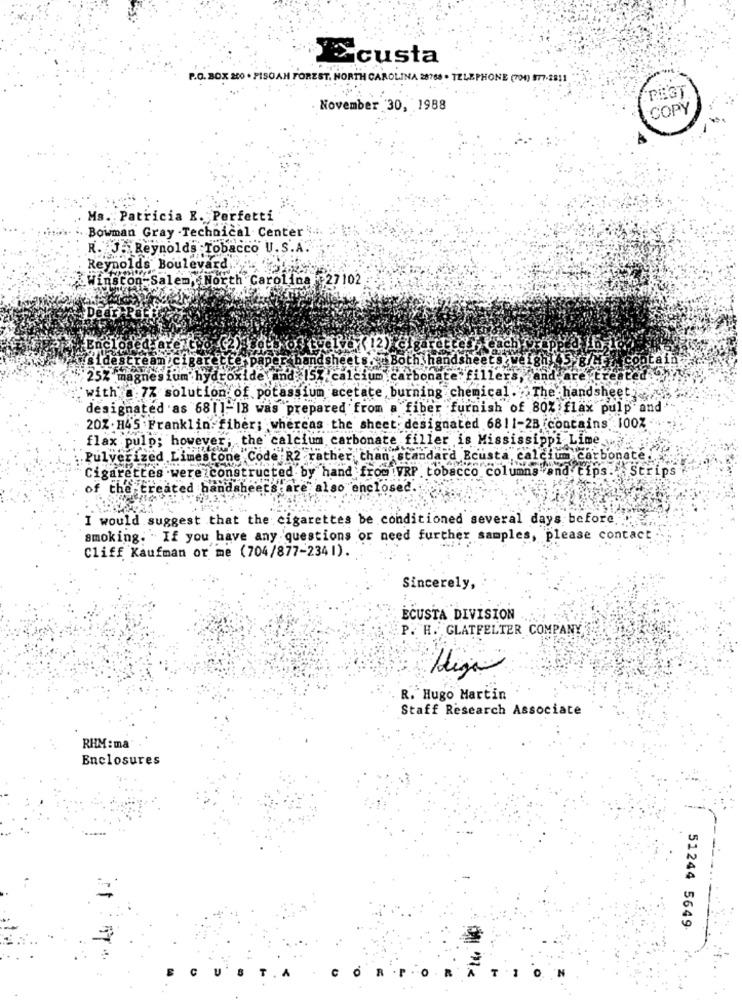
Ecusta
P.O. 30X 200 . PISOAH FOREST. NORTH CAROLINA 28768 . TELEPHONE (700) 27-2811
PAGT
November 30, 1988
COPY
Ms. Patricia E. Perfetti
Bowman Gray .Technical Center
R. J. Reynolds Tobacco U.S.A.
Reynolds Boulevard
Winston-Salem, North Carolina 27102
Dear Pat
Enclosed are Go (2) path of suelo ( 12) @!
Gsidestream cig
e paper bandsheets . Both handsheets
25% magnesium hydroxide and 15% calcium carbonate fillers, and
with _ 77 solution of potassium acetate burning chemical. The handsheet
designated as 681]- IB was prepared from a fiber furnish of 80% flax pulp and
20% . H45 . Franklin. fiber; whereas the sheet: designated 6811-2B (contains 100Z .
flax pulp; however, the calcium carbonate filler is Mississippi Lime
Pulverized Limestone Code R2 rather than standard Bcusta calcium carbonat
Cigarettes were constructed by hand from VRP tobacco columns and tips. Strip
he treated handsheets are also enclosed."
I would suggest that the cigarettes be conditioned several days before
smoking. . If you have any questions or need further samples, please contact
Cliff Kaufman or me (704/877-2341).
Sincerely,
ECUSTA DIVISION
P. H. GLATFELTER COMPANY
R. Hugo Martin
Staff Research Associate
RHM : ma
Enclosures
51244 5649
FOR